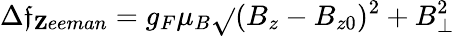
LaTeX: \Delta\mathfrak{f}_{\mathbf{Z}eeman}=g_{F}\mu_{B}\sqrt{}{{(B_{z}-B_{z0})^{2}+B_{\perp}^{2}}}